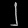
Digit: ၂